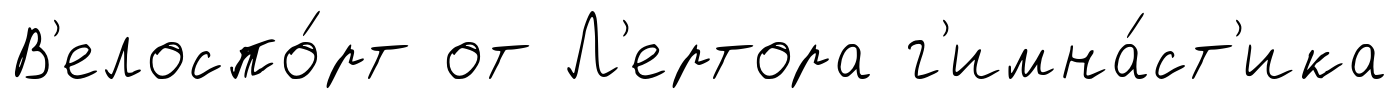
В'елоспо́рт от Л'ертора г'имна́ст'ика